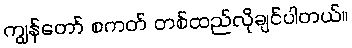
ကျွန်တော် စကတ် တစ်ထည်လိုချင်ပါတယ်။